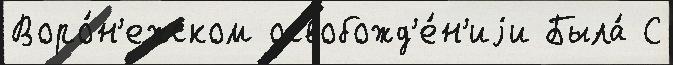
Воро́н'ежском освобожд'е́н'иjи Была́ С